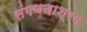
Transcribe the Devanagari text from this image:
संगणनाश्रम